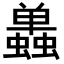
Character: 𬠷